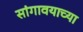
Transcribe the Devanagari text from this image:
सांगावयाच्या